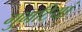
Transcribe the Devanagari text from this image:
गुमटियां